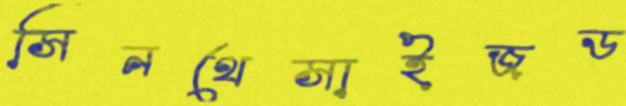
সিনথেসাইজড